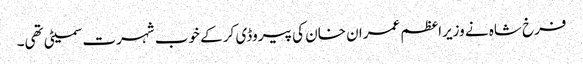
فرخ شاہ نے وزیراعظم عمران خان کی پیروڈی کر کے خوب شہرت سمیٹی تھی۔